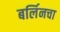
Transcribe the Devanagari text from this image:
बर्लिनचा